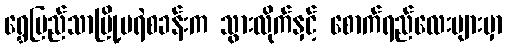
ရွှေပြည်သာမြို့မရဲစခန်းက သွားလိုက်နှင့် စောက်ရည်လေးများမှာ